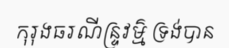
កុរុងធរណីន្ទ្រវម៌្ម ទ្រង់បាន